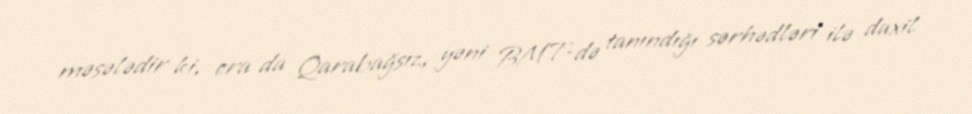
məsələdir ki, ora da Qarabağsız, yəni BMT-də tanındığı sərhədləri ilə daxil